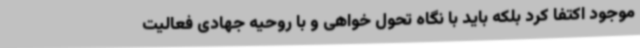
موجود اکتفا کرد بلکه باید با نگاه تحول خواهی و با روحیه جهادی فعالیت